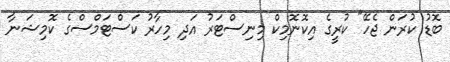
ބޮޑު ކުރަން ޖެހޭ" ކުރީގެ އިކޮނޮމިކް މިނިސްޓަރު އަދި މިހާރު ކަސްޓަމްސްގެ ކޮމިޝަނާ